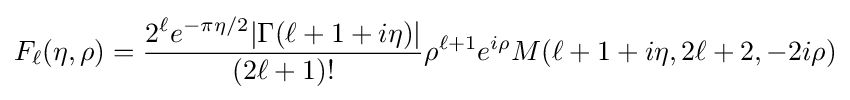
F_{\ell }(\eta ,\rho )={\frac {2^{\ell }e^{-\pi \eta /2}|\Gamma (\ell +1+i\eta )|}{(2\ell +1)!}}\rho ^{\ell +1}e^{i\rho }M(\ell +1+i\eta ,2\ell +2,-2i\rho )